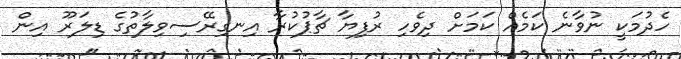
ހެދުމަކީ ނުވާނެ ކަމެއް ކަމަށް ދިވެހި ރުފިޔާ ޗާޕުކުރާ އިނގިރޭސިވިލާތުގެ ޑިލަރޫ އިން